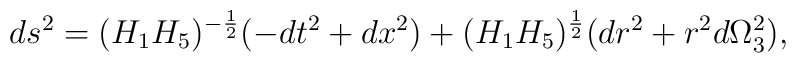
ds^2 = (H_1 H_5)^{-\frac{1}{2}} (-dt^2 + dx^2) + (H_1H_5)^{\frac{1}{2}} (dr^2 + r^2 d\Omega_3^2),